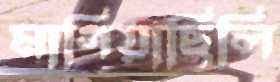
মাগিয়াছিলি